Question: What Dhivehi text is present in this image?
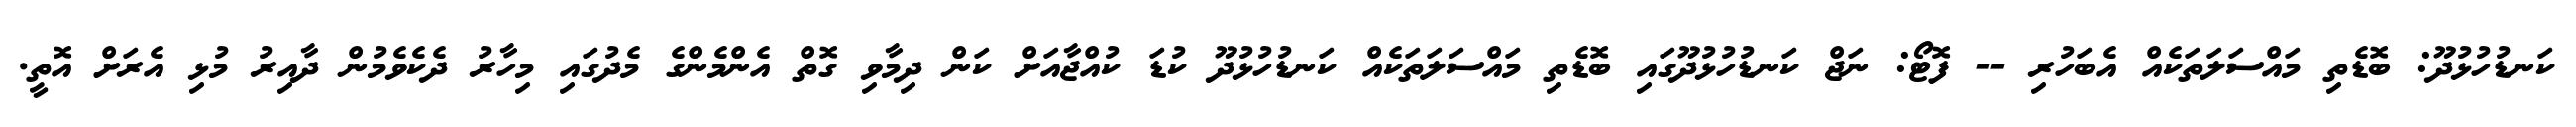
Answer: ކަނޑުހުޅުދޫ: ބޮޑެތި މައްސަލަތަކެއް އެބަހުރި -- ފޮޓޯ: ނަޖް ކަނޑުހުޅުދޫގައި ބޮޑެތި މައްސަލަތަކެއް ކަނޑުހުޅުދޫ ކުޑަ ކުއްޖާއަށް ކަން ދިމާވި ގޮތް އެންމެންގެ މެދުގައި މިހާރު ދެކެވެމުން ދާއިރު މުޅި އެރަށް އޮތީ.